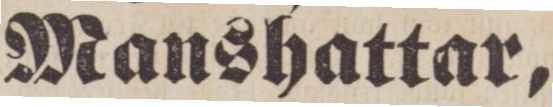
Manshattar,